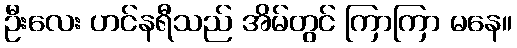
ဦးလေး ဟင်နရီသည် အိမ်တွင် ကြာကြာ မနေ။